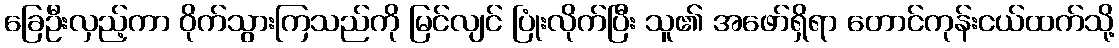
ခြေဦးလှည့်ကာ ဝိုက်သွားကြသည်ကို မြင်လျင် ပြုံးလိုက်ပြီး သူ၏ အဖော်ရှိရာ တောင်ကုန်းငယ်ထက်သို့